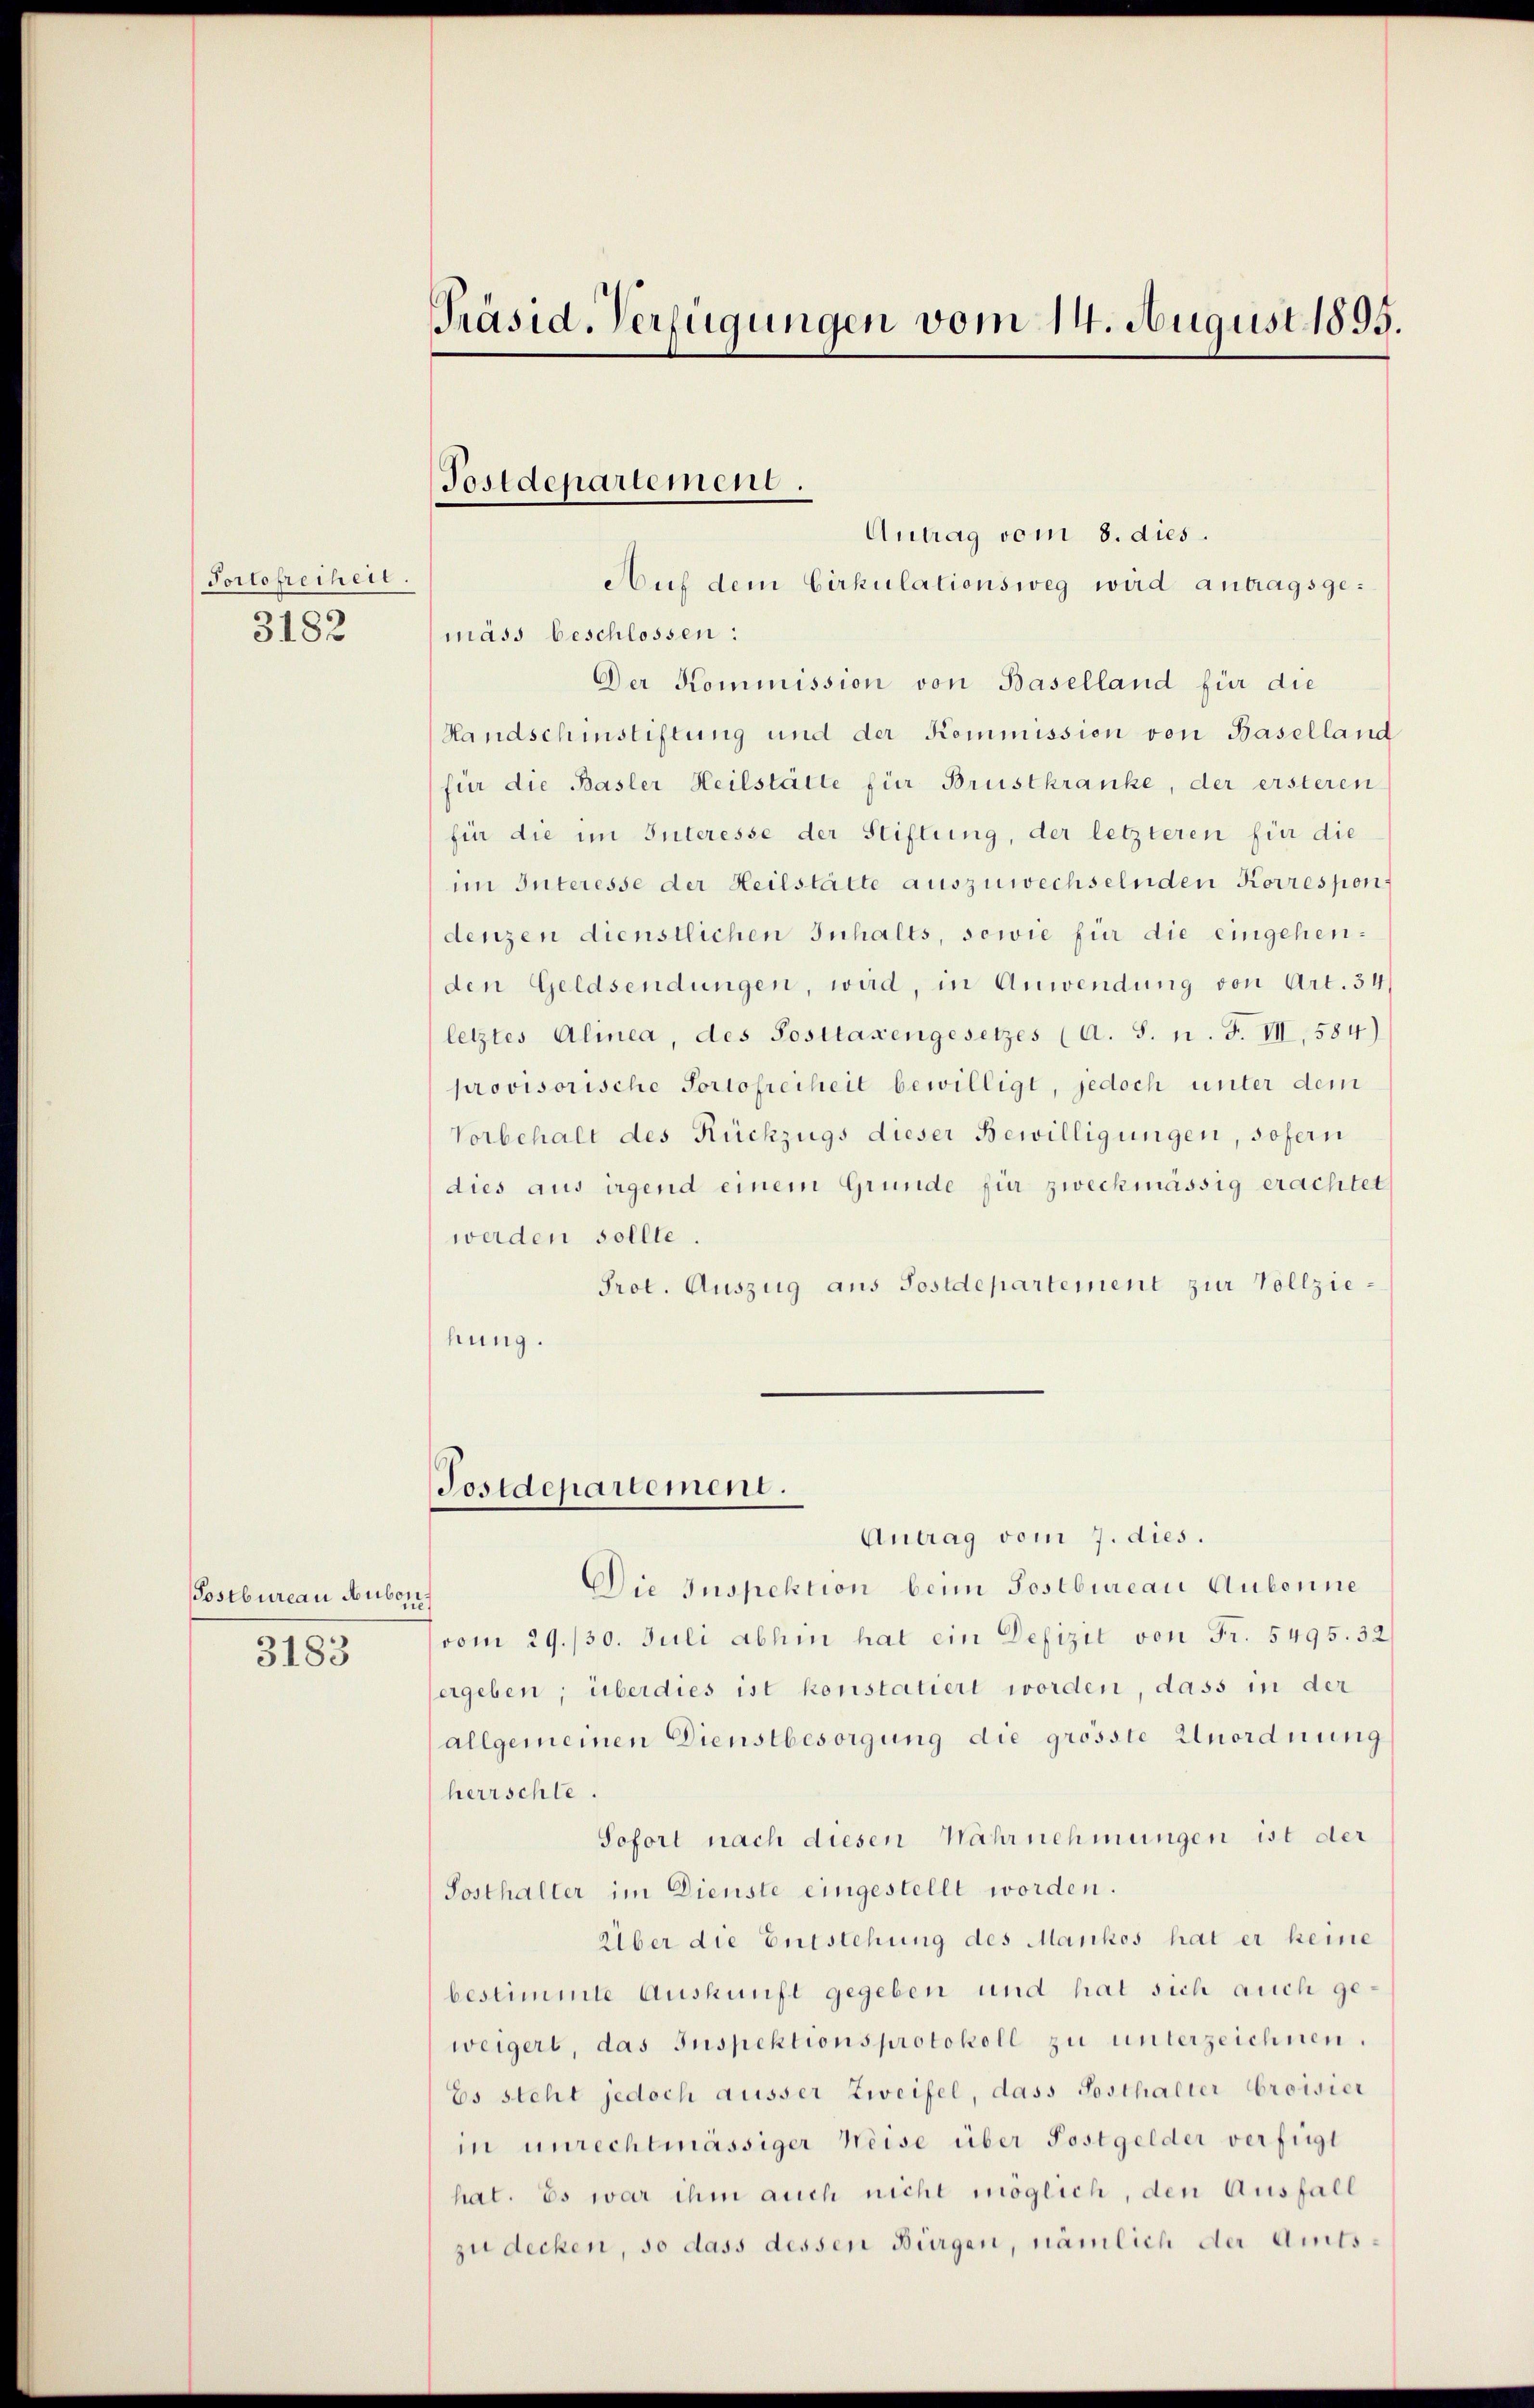
Portofreiheit.
3182

Postbureau Huber,
3183

Präsid. Verfügungen vom 14. August 1895.

Postdepartement.

Antrag vom 8. dies
Auf dem Cirkulationsweg wird antragsgemäss beschlossen:
Der Kommission von Baselland für die
Handschinstiftung und der Kommission von Baselland
für die Basler Heilstätte für Brustkranke, der ersteren
fü die im Interesse der Stiftung, der letzteren für die
im Interesse der Heilstätte auszuwechselnden Korrespons
denzen dienstlichen Inhalts, sowie für die eingehenden Geldsendungen, wird, in Anwendung von Art. 34
letztes Alinea, des Posttaxengesetzes (A. S. n. F. VII, 584)
provisorische Portofreiheit bewilligt, jedoch unter dem
Vorbehalt des Rückzugs dieser Bewilligungen, sofern
dies aus irgend einem Gründe für zweckmässig erachtet
werden sollte.
Prot. Auszug aus Postdepartement zur Vollziehung.

Postdepartement.

Antrag vom 7. dies.
Die Inspektion beim Postbureau Aubonne
u
vom 29./30. Juli abhin hat ein Defizit von Fr. 5495. 32
ergeben; überdies ist konstatiert worden, dass in der
allgemeinen Dienstbesorgung die grösste Unordnung
herrschle.
Sofort nach diesen Wahrnehmungen ist der
Sosthalter im Dienste eingestellt worden.
Über die Entstehung des Mankos hat er keine
bestimmte Auskunft gegeben und hat sich auch geweigert, das Inspektionsprotokoll zu unterzeichnen.
Es steht jedoch äusser Zweifel, dass Sosthalter Croisier
in unrechtmässiger Weise über Postgelder verfügt
hat. Es war ihm auch nicht möglich, den Ausfall
zu decken, so dass dessen Bürgen, nämlich der Amts¬